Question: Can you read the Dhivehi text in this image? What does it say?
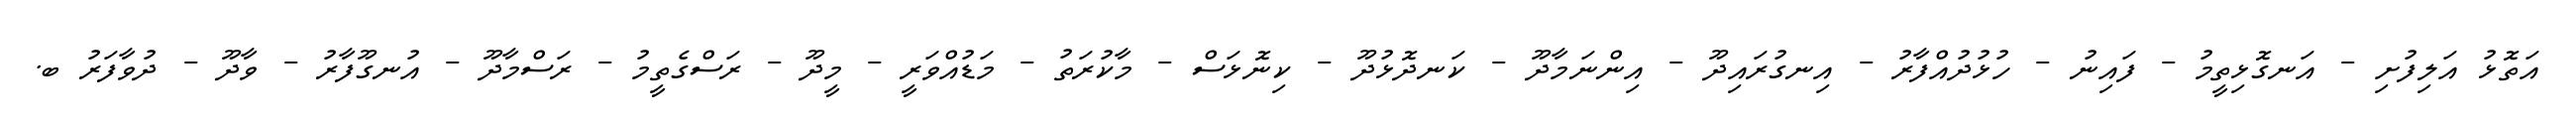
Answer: އަތޮޅު އަލިފުށި - އަނގޮޅިތީމު - ފައިނު - ހުޅުދުއްފާރު - އިނގުރައިދޫ - އިންނަމާދޫ - ކަނދޮޅުދޫ - ކިނޮޅަސް - މާކުރަތު - މަޑުއްވަރީ - މީދޫ - ރަސްގެތީމު - ރަސްމާދޫ - އުނގޫފާރު - ވާދޫ - ދުވާފަރު ބ.